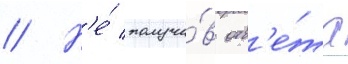
// Н'е́ получи́в отв'е́та